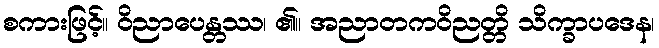
စကားဖြင့်။ ဝိညာပေန္တဿ၊ ၏။ အညာတကဝိညတ္တိ သိက္ခာပဒေန၊